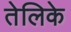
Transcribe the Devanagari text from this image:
तेलिके